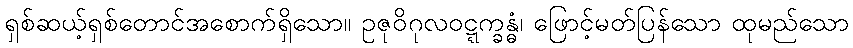
ရှစ်ဆယ့်ရှစ်တောင်အစောက်ရှိသော။ ဥဇုဝိဂုလဝဋ္ဋက္ခန္ဓံ၊ ဖြောင့်မတ်ပြန်သော ထုမည်သော